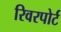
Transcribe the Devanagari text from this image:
रिवरपोर्ट